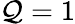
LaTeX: \mathcal{Q}=1